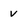
Character: v